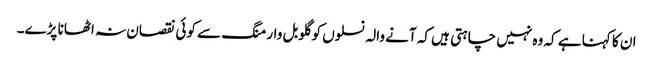
ان کا کہنا ہے کہ وہ نہیں چاہتی ہیں کہ آنے والہ نسلوں کو گلوبل وارمنگ سے کوئی نقصان نہ اٹھانا پڑے۔